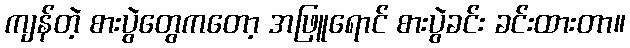
ကျန်တဲ့ စားပွဲတွေကတော့ အဖြူရောင် စားပွဲခင်း ခင်းထားတာ။